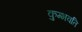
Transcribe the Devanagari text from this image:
कुम्भवति